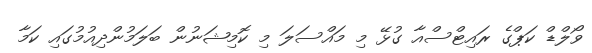
ވޯލްޑް ކަޕްގެ ރައިޓްސްއާ ގުޅޭ މި މައްސަލަ މި ކޮމިޝަނުން ބަލަމުންދިއުމުގައި ކަމާ